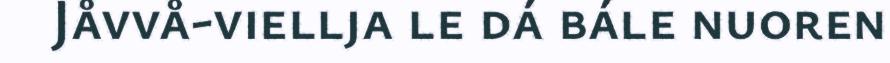
Jåvvå-viellja le dá bále nuoren